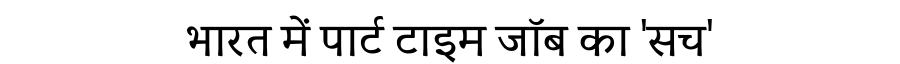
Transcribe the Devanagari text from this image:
भारत में पार्ट टाइम जॉब का 'सच'